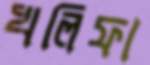
খলিফা